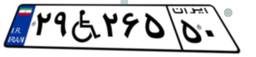
۲۹W۲۶۵۵۰